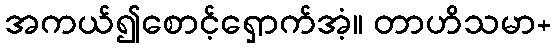
အကယ်၍စောင့်ရှောက်အံ့။ တာဟိသမာ+